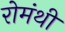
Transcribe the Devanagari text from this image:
रोमंथी